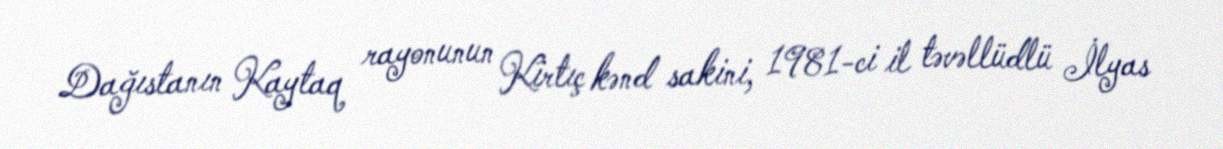
Dağıstanın Kaytaq rayonunun Kirtıç kənd sakini, 1981-ci il təvəllüdlü İlyas